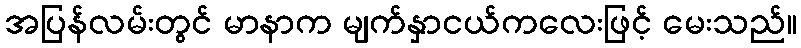
အပြန်လမ်းတွင် မာနာက မျက်နှာငယ်ကလေးဖြင့် မေးသည်။